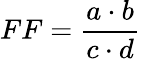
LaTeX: FF={\frac{a\cdot b}{c\cdot d}}